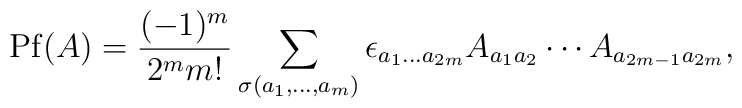
{\rm Pf}(A) = \frac{(-1)^{m}}{2^{m}m!}\sum_{\sigma(a_{1},\dots,a_{m})}      \epsilon_{a_{1}\dots a_{2m}}A_{a_{1}a_{2}}\cdots A_{a_{2m-1}a_{2m}},